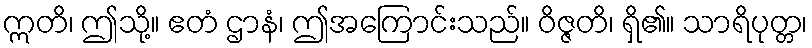
ဣတိ၊ ဤသို့။ ဧတံ ဌာနံ၊ ဤအကြောင်းသည်။ ဝိဇ္ဇတိ၊ ရှိ၏။ သာရိပုတ္တ၊